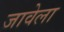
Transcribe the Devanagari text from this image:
जावेला